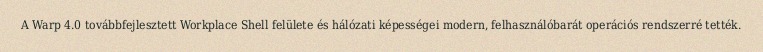
A Warp 4.0 továbbfejlesztett Workplace Shell felülete és hálózati képességei modern, felhasználóbarát operációs rendszerré tették.